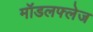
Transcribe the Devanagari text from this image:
मॉडलफ्लेज